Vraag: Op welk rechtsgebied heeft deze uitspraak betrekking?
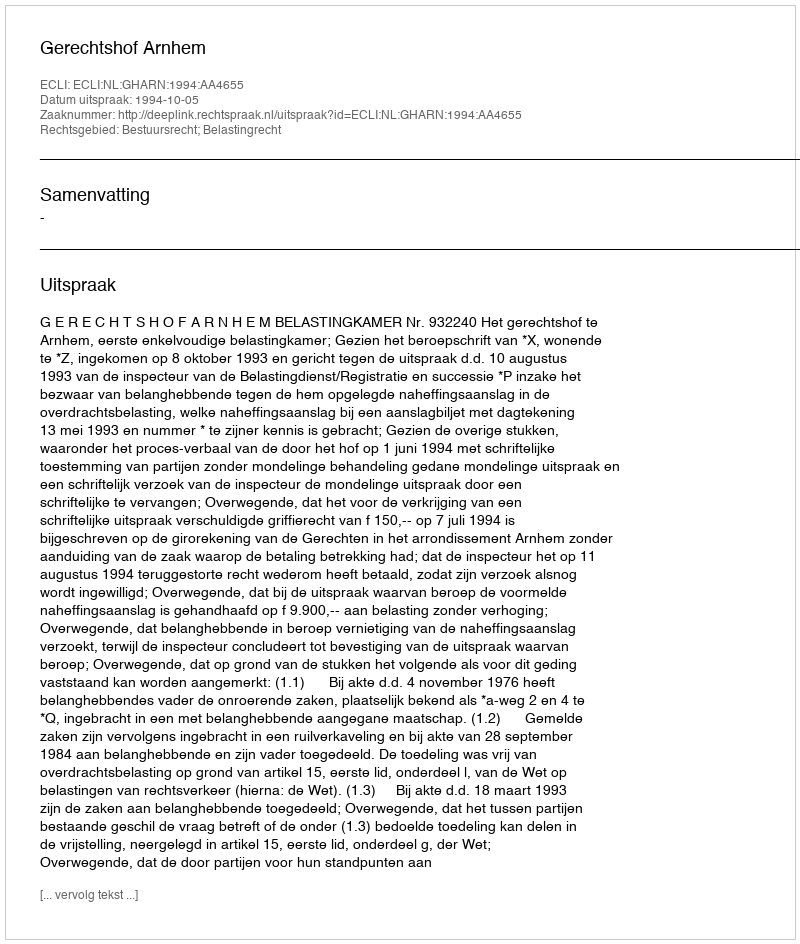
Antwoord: Bestuursrecht; Belastingrecht